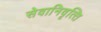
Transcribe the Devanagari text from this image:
सेवानिवृत्‍ति